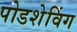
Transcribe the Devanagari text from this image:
पोडशेविंग